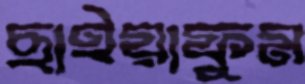
ছাইয়াফুম